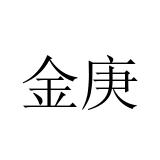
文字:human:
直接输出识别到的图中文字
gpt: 金庚